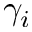
\gamma _ { i }